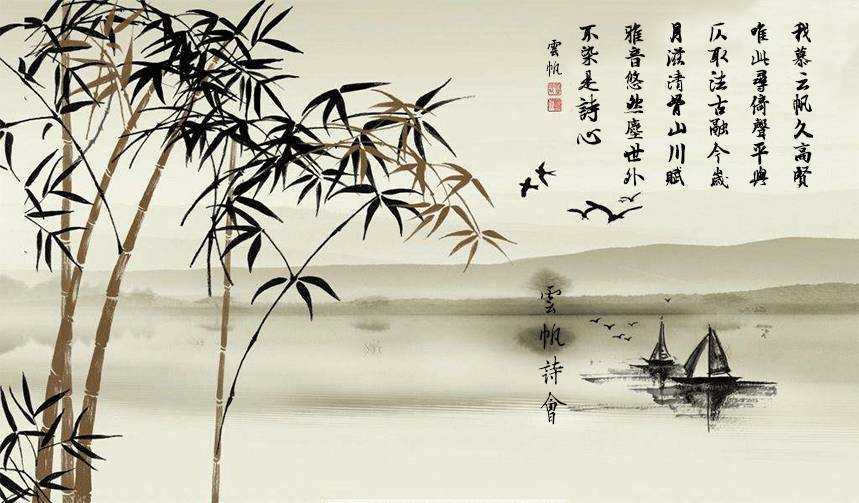
惟有年时芳俦在，一例差池双剪。